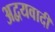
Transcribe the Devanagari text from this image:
अद्वयवादी